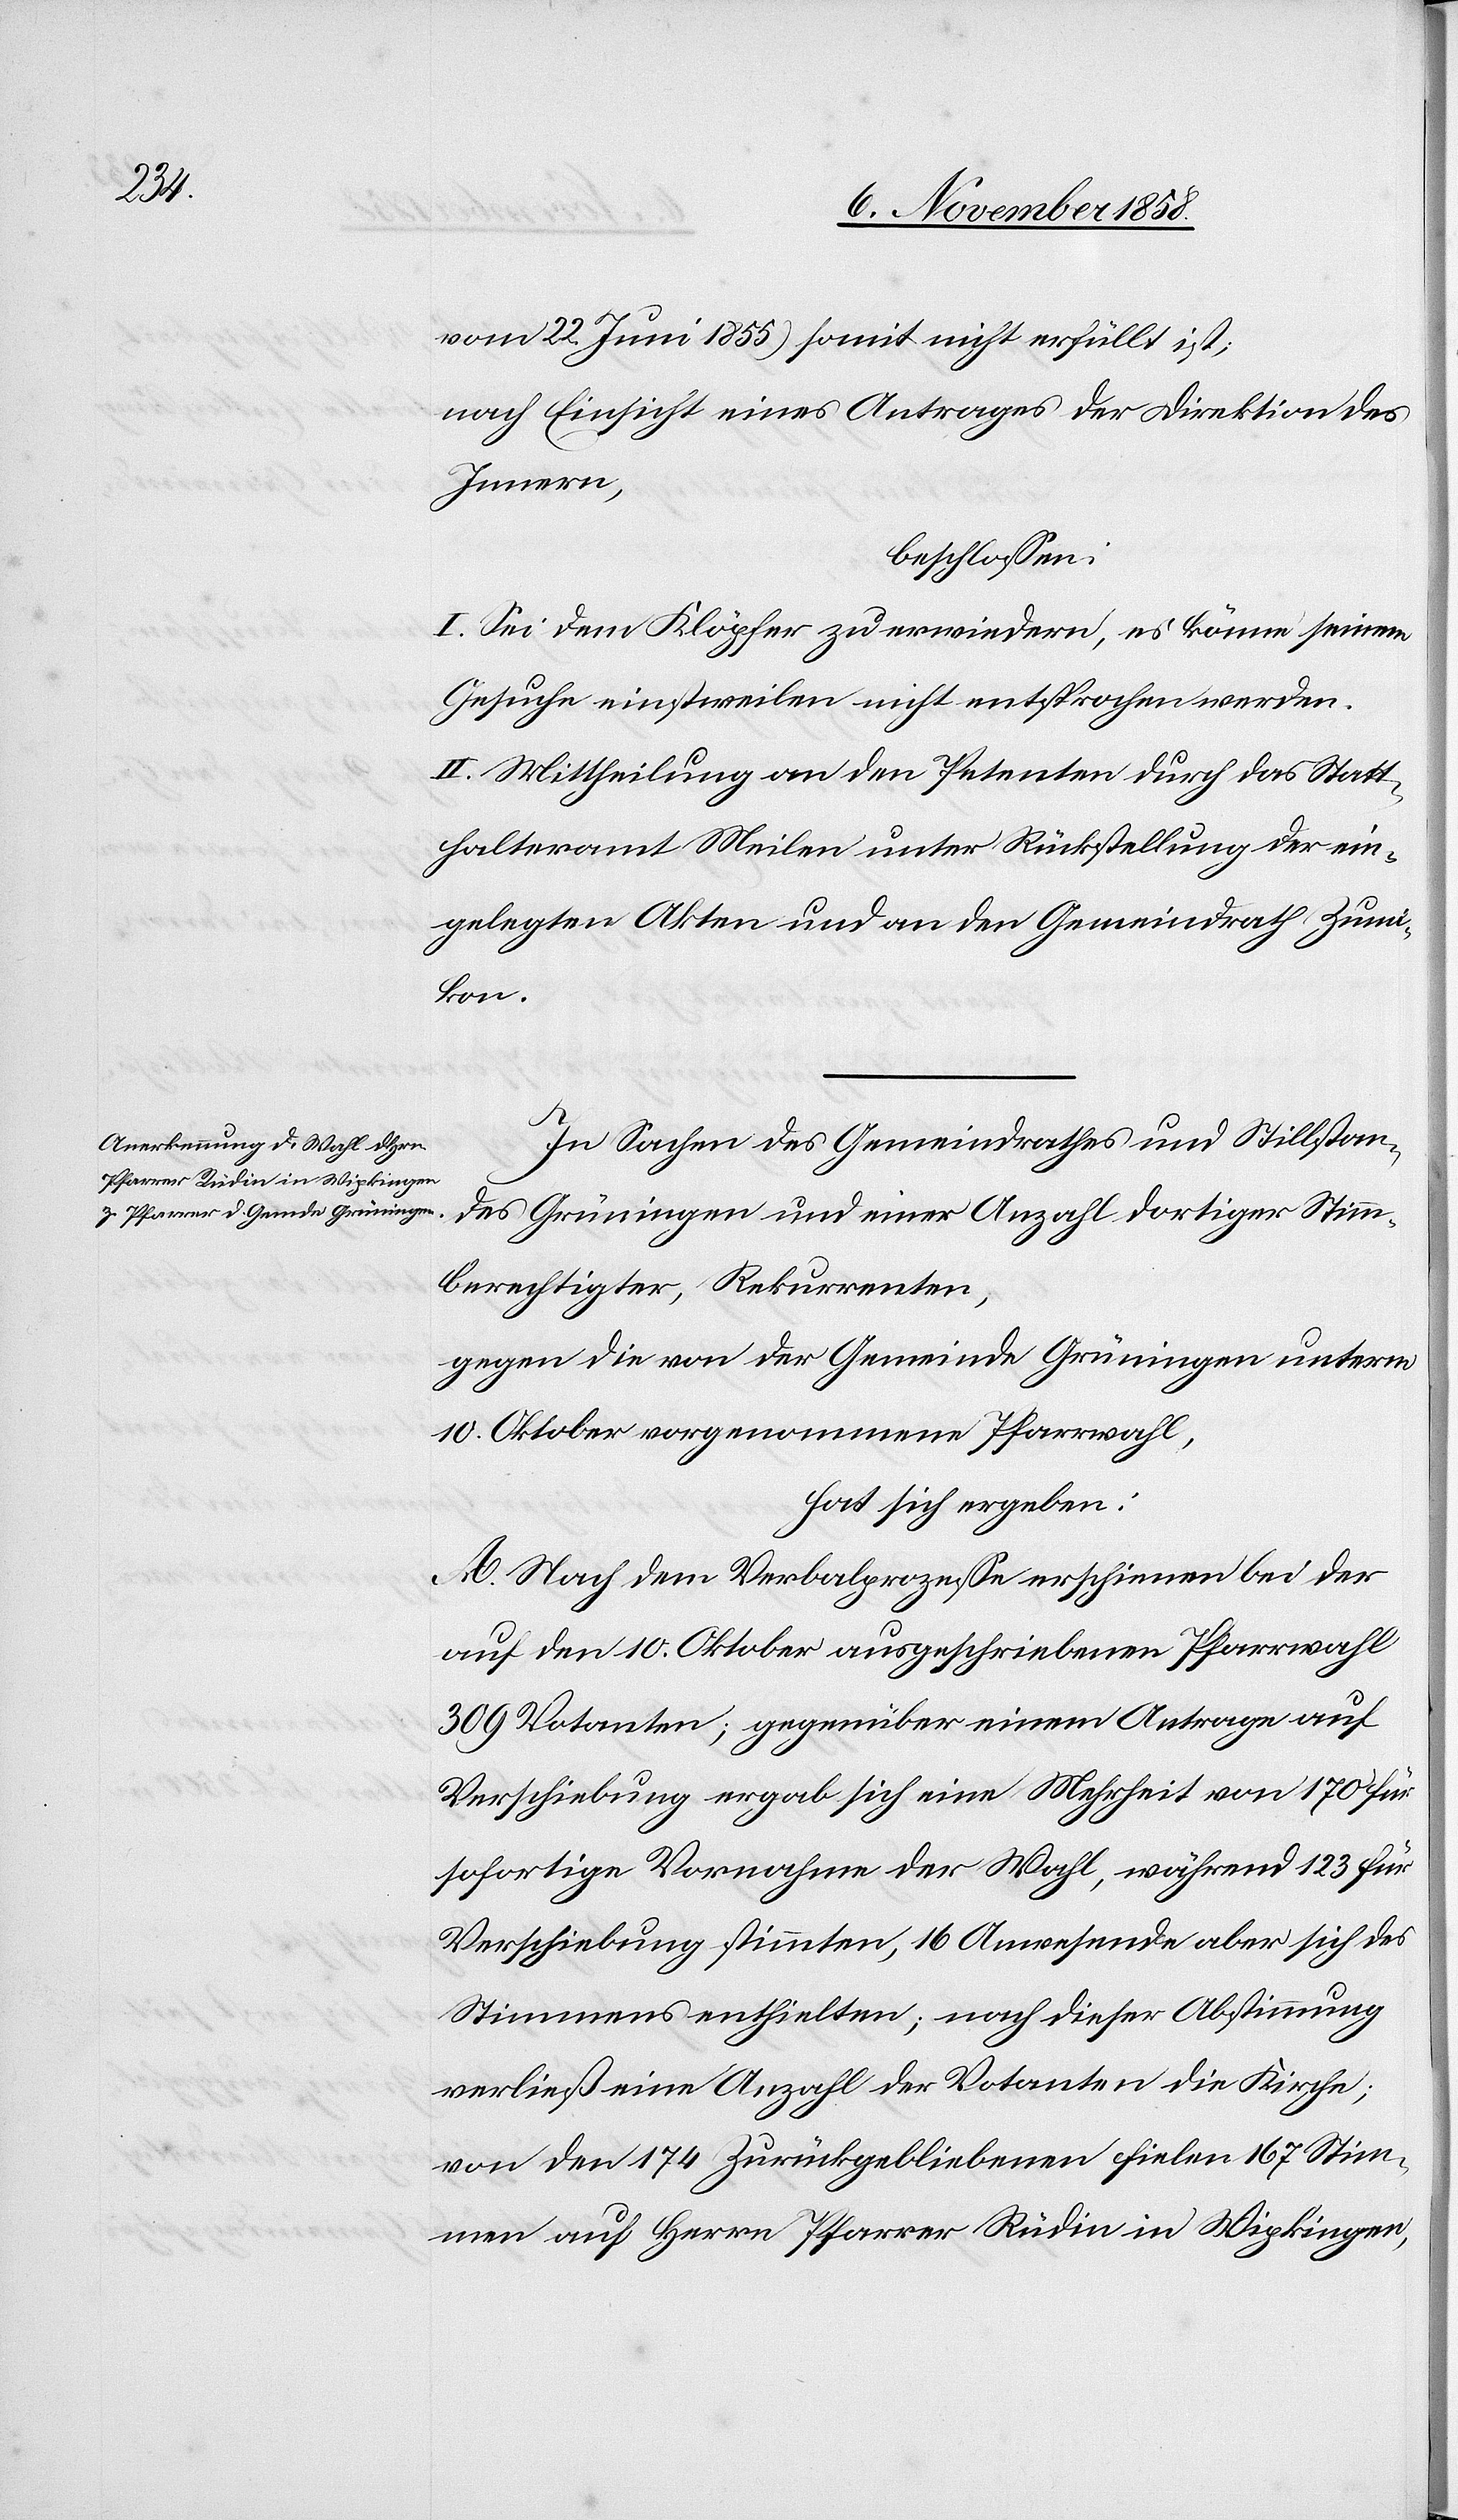
vom 22. Juni 1855.) somit nicht erfüllt ist;
nach Einsicht eines Antrages der Direktion des
Innern,
beschlossen:
I. Sei dem Klöpfer zu erwiedern, es könne seinem
Gesuche einstweilen nicht entsprochen werden.
II. Mittheilung an den Petenten durch das Statt¬
halteramt Meilen unter Rückstellung der ein¬
gelegten Akten und an den Gemeindrath Zumi¬
kon.
In Sachen des Gemeindrathes und Stillstan¬
des Grüningen und einer Anzahl dortiger Stimm¬
berechtigter, Rekurrenten,
gegen die von der Gemeinde Grüningen unterm
10. Oktober vorgenommene Pfarrwahl,
hat sich ergeben:
A. Nach dem Verbalprozesse erschienen bei der
auf den 10. Oktober ausgeschriebenen Pfarrwahl
309 Votanten; gegenüber einem Antrage auf
Verschiebung ergab sich eine Mehrheit von 170 für
sofortige Vornahme der Wahl, während 123 für
Verschiebung stimmten, 16 Anwesende aber sich des
Stimmens enthielten; nach dieser Abstimmung
verließ eine Anzahl der Votanten die Kirche;
von den 174 Zurückgebliebenen fielen 167 Stim¬
men auf Herrn Pfarrer Rüdin in Wipkingen,